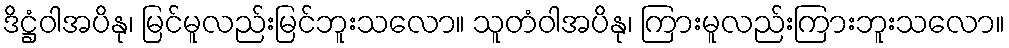
ဒိဋ္ဌံဝါအပိနု၊ မြင်မူလည်းမြင်ဘူးသလော။ သူတံဝါအပိနု၊ ကြားမူလည်းကြားဘူးသလော။